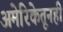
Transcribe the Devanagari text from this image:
अमेरिकेतूनही